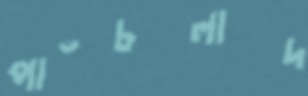
পাঁচলাদ